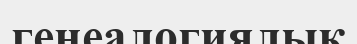
генеалогиялық